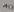
Text: 10